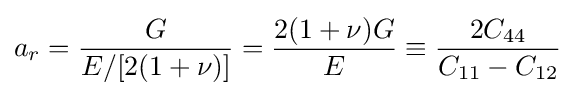
a_{r}={\frac {G}{E/[2(1+\nu )]}}={\frac {2(1+\nu )G}{E}}\equiv {\frac {2C_{44}}{C_{11}-C_{12}}}